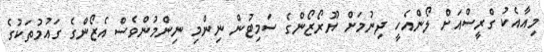
މިއާއެކު ގްރީސްއަށް ލޯންއެހީ ދިނުމަށް ޔޫރޯޒޯންގެ ސަމިޓުން ނިންމި ނިންމުންވެސް އެޒޯންގެ ގައުމުތަކުގެ